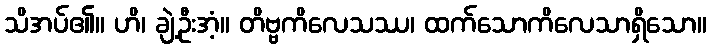
သိအပ်၏။ ဟိ၊ ချဲ့ဦးအံ့။ တိဗ္ဗကိလေသဿ၊ ထက်သောကိလေသာရှိသော။